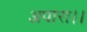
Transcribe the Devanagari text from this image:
अपारा।।